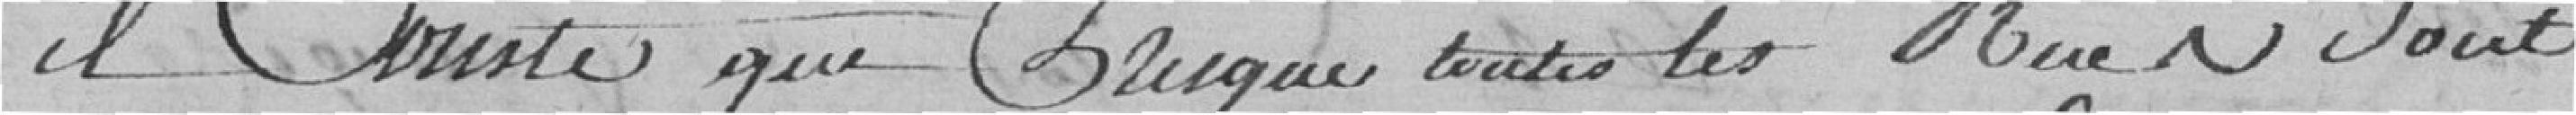
Il compte que presque toutes les rues sont